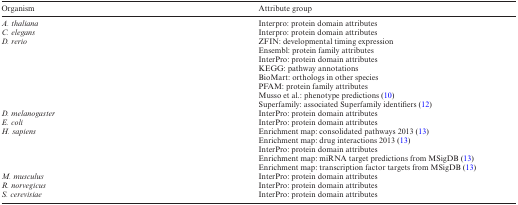
| Organism | Attribute group |
 | --- | --- |
 | A. thaliana | Interpro: protein domain attributes |
 | C. elegans | Interpro: protein domain attributes |
 | D. rerio | ZFIN: developmental timing expression |
 |  | Ensembl: protein family attributes |
 |  | InterPro: protein domain attributes |
 |  | KEGG: pathway annotations |
 |  | BioMart: orthologs in other species |
 |  | PFAM: protein family attributes |
 |  | Musso et al.: phenotype predictions (10) |
 |  | Superfamily: associated Superfamily identifiers (12) |
 | D. melanogaster | InterPro: protein domain attributes |
 | E. coli | InterPro: protein domain attributes |
 | H. sapiens | Enrichment map: consolidated pathways 2013 (13) |
 |  | Enrichment map: drug interactions 2013 (13) |
 |  | InterPro: protein domain attributes |
 |  | Enrichment map: miRNA target predictions from MSigDB (13) |
 |  | Enrichment map: transcription factor targets from MSigDB (13) |
 | M. musculus | InterPro: protein domain attributes |
 | R. norvegicus | InterPro: protein domain attributes |
 | S. cerevisiae | InterPro: protein domain attributes |